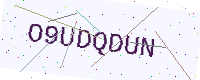
Text: O9UDQDUN